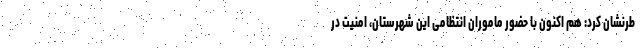
طرنشان کرد: هم اکنون با حضور ماموران انتظامی این شهرستان، امنیت در